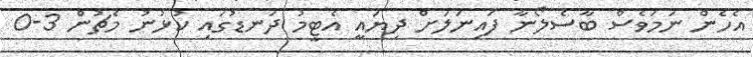
އެހެން ނަމަވެސް ބާސެލޯނާ ފައިނަލަށް ދިޔައީ އެޓީމު ދަނޑުގައި ކުޅުނު މެޗުން 3-0